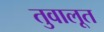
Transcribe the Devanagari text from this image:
तुवालूत